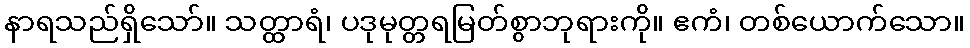
နာရသည်ရှိသော်။ သတ္ထာရံ၊ ပဒုမုတ္တရမြတ်စွာဘုရားကို။ ဧကံ၊ တစ်ယောက်သော။